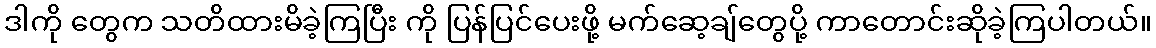
ဒါကို တွေက သတိထားမိခဲ့ကြပြီး ကို ပြန်ပြင်ပေးဖို့ မက်ဆေ့ချ်တွေပို့ ကာတောင်းဆိုခဲ့ကြပါတယ်။